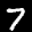
Label: 7